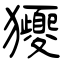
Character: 獿